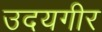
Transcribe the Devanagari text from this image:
उदयगीर